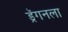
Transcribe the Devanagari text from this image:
ड्रॅगनला